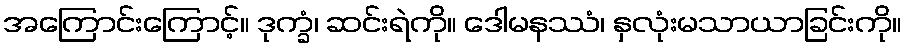
အကြောင်းကြောင့်။ ဒုက္ခံ၊ ဆင်းရဲကို။ ဒေါမနဿံ၊ နှလုံးမသာယာခြင်းကို။